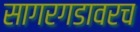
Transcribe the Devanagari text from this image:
सागरगडावरच